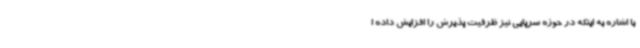
با اشاره به اینکه در حوزه سرپایی نیز ظرفیت پذیرش را افزایش داده ا